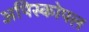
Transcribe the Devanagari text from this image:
अपिस्कोपल